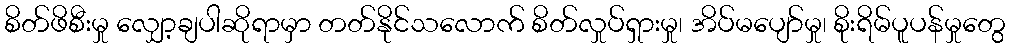
စိတ်ဖိစီးမှု လျှော့ချပါဆိုရာမှာ တတ်နိုင်သလောက် စိတ်လှုပ်ရှားမှု၊ အိပ်မပျော်မှု၊ စိုးရိမ်ပူပန်မှုတွေ